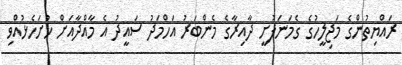
ރައްޔިތުންގެ މަޖިލީހުގެ ގެމަނަފުށީ ދާއިރާގެ މެންބަރު އަހްމަދު ސައީދު އެ މާއްދާއަށް ހުށަހެޅުއްވި